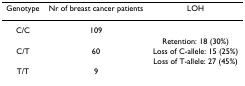
<table><thead><tr><td><b>Genotype</b></td><td><b>Nr of breast cancer patients</b></td><td><b>LOH</b></td></tr></thead><tbody><tr><td>C/C</td><td>109</td><td></td></tr><tr><td></td><td></td><td>Retention: 18 (30%)</td></tr><tr><td>C/T</td><td>60</td><td>Loss of C-allele: 15 (25%)</td></tr><tr><td></td><td></td><td>Loss of T-allele: 27 (45%)</td></tr><tr><td>T/T</td><td>9</td><td></td></tr></tbody></table>